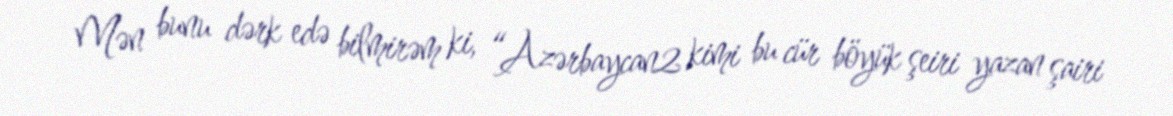
Mən bunu dərk edə bilmirəm ki, “Azərbaycan2 kimi bu cür böyük şeiri yazan şairi